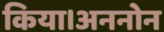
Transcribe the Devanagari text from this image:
किया।अननोन